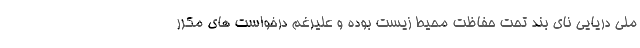
ملی دریایی نای بند تحت حفاظت محیط زیست بوده و علیرغم درخواست های مکرر